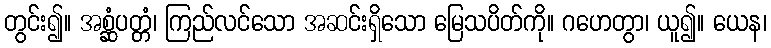
တွင်း၍။ အစ္ဆံပတ္တံ၊ ကြည်လင်သော အဆင်းရှိသော မြေသပိတ်ကို။ ဂဟေတွာ၊ ယူ၍။ ယေန၊